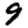
Digit: 9